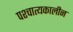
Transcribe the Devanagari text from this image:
पश्चात्यकालीन